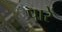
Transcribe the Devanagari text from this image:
पारें